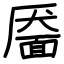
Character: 靥